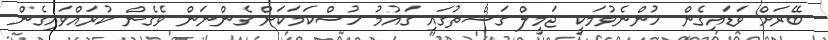
ބޭރަށް ވަޑައިގެން ހުންނެވުމަކީ ޖަމީލް ގަސްތުގައި ގައުމު ހުސްކަމަކަށް ގެންނަން ވެގެން ކުރައްވައިގެން